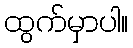
ထွက်မှာပါ။